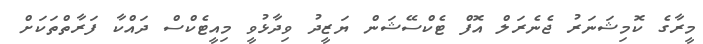
މީރާގެ ކޮމިޝަނަރު ޖެނެރަލް އޮފް ޓެކްސޭޝަން ޔަޒީދު ވިދާޅުވީ މިއީޓެކްސް ދައްކާ ފަރާތްތަކަށް